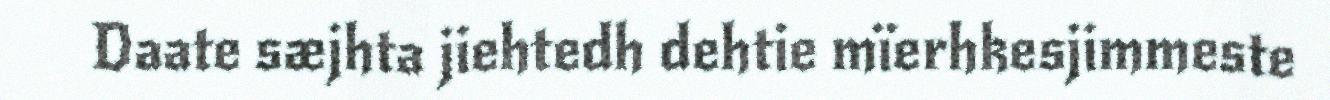
Daate sæjhta jiehtedh dehtie mïerhkesjimmeste